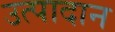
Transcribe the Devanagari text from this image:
उत्पादान